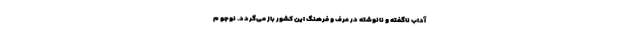
آداب ناگفته و نانوشته در عرف و فرهنگ این کشور باز می‌گردد. نوجو م